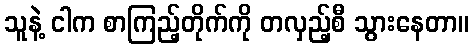
သူနဲ့ ငါက စာကြည့်တိုက်ကို တလှည့်စီ သွားနေတာ။